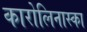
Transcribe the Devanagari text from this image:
कारोलिनास्का